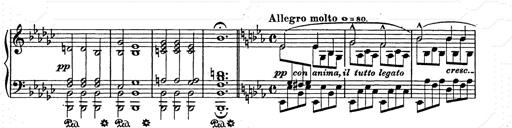
Title: Allegro di bravura
Composer: Carl Maria von Weber
Key: D major